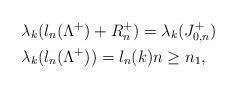
LaTeX: \begin{align*}&\lambda_k(l_n(\Lambda^+)+R_n^+)=\lambda_k(J_{0,n}^+)\\&\lambda_k(l_n(\Lambda^+))=l_n(k)n\geq n_1, \end{align*}